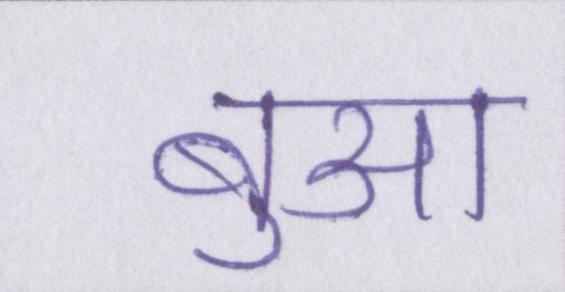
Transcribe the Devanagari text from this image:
बुआ